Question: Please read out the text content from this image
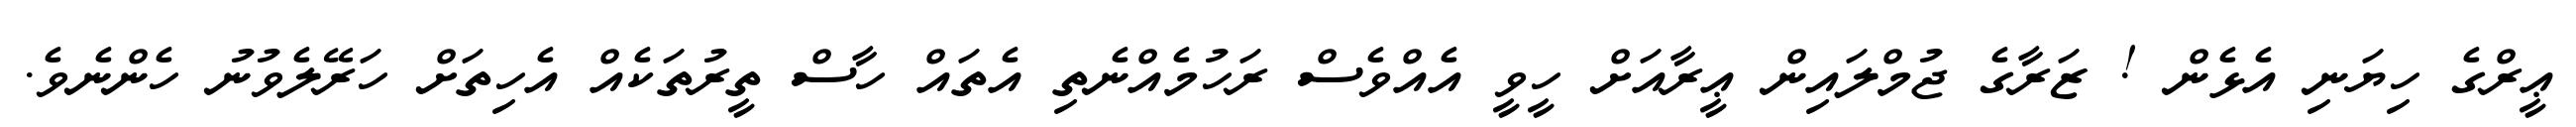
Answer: ޢީރްގެ ހިޔަނި އެޅެން ! ޒަރާގެ ޖުމްލައިން ޢީރާއަށް ހީވީ އެއްވެސް ރަހުމެއްނެތި އެތައް ހާސް ތީރުތަކެއް އެހިތަށް ހަރޭލެވުނު ހެންނެވެ.